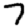
Digit: 7